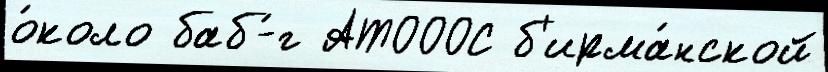
о́коло баб-́г АТОООС б'ирма́нской